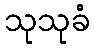
သုသုခံ